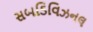
સબડિવિઝનલ